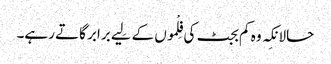
حالانکِہ وہ کم بجٹ کی فِلْموں کے لِیے برابر گاتے رہے۔